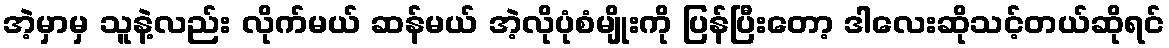
အဲ့မှာမှ သူနဲ့လည်း လိုက်မယ် ဆန်မယ် အဲ့လိုပုံစံမျိုးကို ပြန်ပြီးတော့ ဒါလေးဆိုသင့်တယ်ဆိုရင်